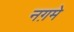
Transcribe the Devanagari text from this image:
नग़मे